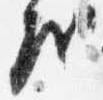
房